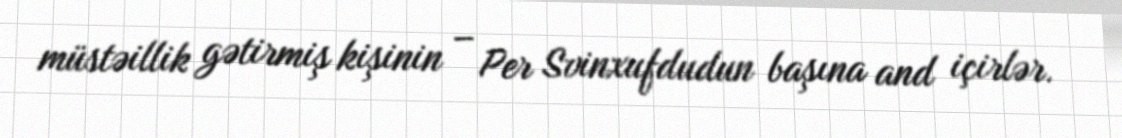
müstəillik gətirmiş kişinin – Per Svinxufdudun başına and içirlər.